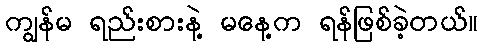
ကျွန်မ ရည်းစားနဲ့ မနေ့က ရန်ဖြစ်ခဲ့တယ်။